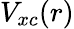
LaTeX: V_{xc}(r)